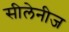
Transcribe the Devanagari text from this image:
सीलेनीज